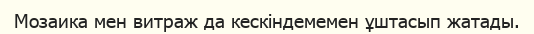
Мозаика мен витраж да кескіндемемен ұштасып жатады.